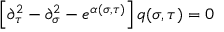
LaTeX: \left[ \partial _ { \tau } ^ { 2 } - \partial _ { \sigma } ^ { 2 } - e ^ { \alpha ( \sigma , \tau ) } \right] q ( \sigma , \tau ) = 0